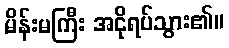
မိန်းမကြီး အငိုရပ်သွား၏။